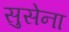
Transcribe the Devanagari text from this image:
सुसेना